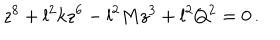
z ^ { 8 } + l ^ { 2 } k z ^ { 6 } - l ^ { 2 } M z ^ { 3 } + l ^ { 2 } Q ^ { 2 } = 0 \, .